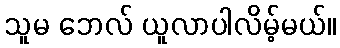
သူမ ဘေလ် ယူလာပါလိမ့်မယ်။